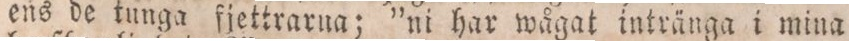
ens de tunga fjettrarna; ”ni har wågat intränga i mina